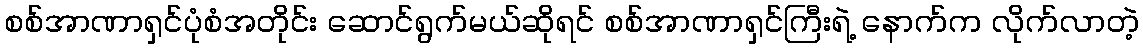
စစ်အာဏာရှင်ပုံစံအတိုင်း ဆောင်ရွက်မယ်ဆိုရင် စစ်အာဏာရှင်ကြီးရဲ့ နောက်က လိုက်လာတဲ့